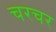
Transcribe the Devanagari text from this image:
चरचर